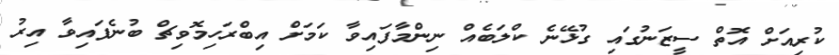
ކުރިއަށް އޮތް ސީޒަނުގައި ގުޅޭނެ ކްލަބެއް ނިންމާފައިވާ ކަމަށް އިބްރަހިމޮވިޗް ބުނެފައިވާ އިރު